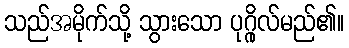
သည်အမိုက်သို့ သွားသော ပုဂ္ဂိုလ်မည်၏။